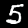
Label: 5